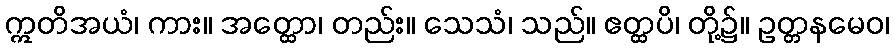
ဣတိအယံ၊ ကား။ အတ္ထော၊ တည်း။ သေသံ၊ သည်။ ဧတ္ထပိ၊ တို့၌။ ဥတ္တနမေဝ၊